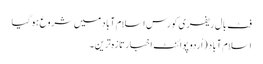
فٹ بال ریفری کورس اسلام آباد میں شروع ہوگیا
اسلام آباد (اُردو پوائنٹ اخبارتازہ ترین۔